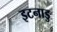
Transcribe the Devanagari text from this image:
इटनाडु